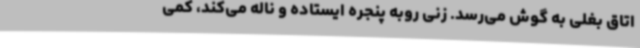
اتاق بغلی به گوش می‌رسد. زنی روبه پنجره ایستاده و ناله می‌کند، کمی